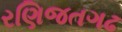
રણિજતગઢ